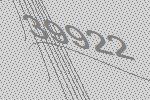
39922